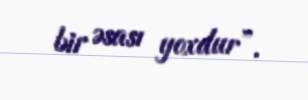
bir əsası yoxdur”.